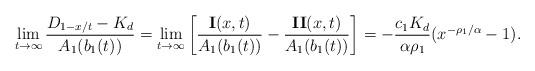
LaTeX: \begin{align*} \lim_{t\to \infty} \frac{D_{1-x/t}-K_{d}}{A_{1}(b_{1}(t))} = \lim_{t\to \infty}\left[ \frac{{\bf{I}}(x,t)}{A_{1}(b_{1}(t))} - \frac{{\bf{II}}(x,t)}{A_{1}(b_{1}(t))} \right]= -\frac{c_{1}K_{d}}{\alpha \rho_{1}}(x^{-\rho_{1}/\alpha}-1).\end{align*}